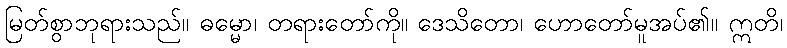
မြတ်စွာဘုရားသည်။ ဓမ္မော၊ တရားတော်ကို။ ဒေသိတော၊ ဟောတော်မူအပ်၏။ ဣတိ၊